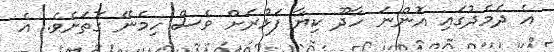
އެ ދެމެދުގައި އޮންނަ ހާދޫ ކިޔާ ފަޅުރަށް ވެސް ހިމެނޭ ގޮތަށެވެ. އެ